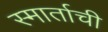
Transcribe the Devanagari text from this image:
स्मार्ताची